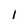
Character: l